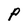
Character: P